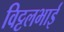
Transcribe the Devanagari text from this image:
विट्टलभाई